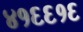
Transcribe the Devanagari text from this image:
४१६६१६